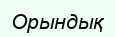
Орындық